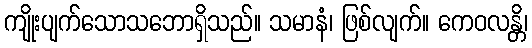
ကျိုးပျက်သောသဘောရှိသည်။ သမာနံ၊ ဖြစ်လျက်။ ကေဝလန္တိ၊